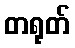
တရုတ်